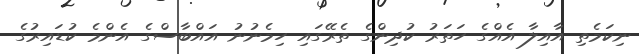
ނިކަމެތި އާއިލާ އެއްގެ ހަތަރު ކުދިންގެ ތެރޭގައި ހިމެނުނު އައްބާސްގެ އެންމެ ކުޑައިރުގެ